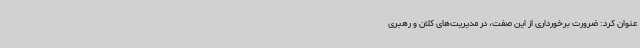
عنوان کرد: ضرورت برخورداری از این صفت، در مدیریت‌های کلان و رهبری